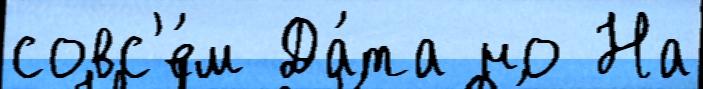
совс'е́м Да́та но На